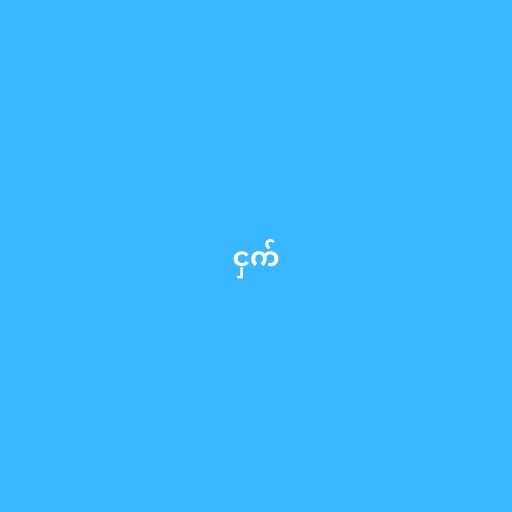
ငှက်